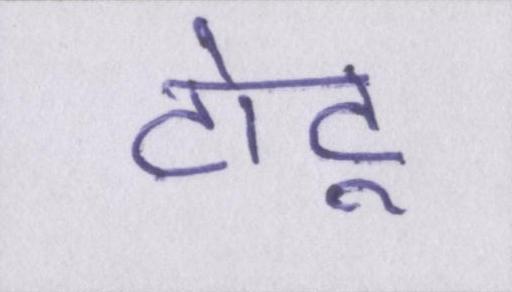
टोटू